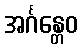
အင်္ဂန္တေဝ